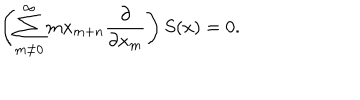
\left( \sum _ { m \neq 0 } ^ { \infty } { m x _ { m + n } { \frac { \partial } { \partial x _ { m } } } } \right) S ( x ) = 0 .